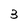
Character: 3